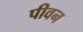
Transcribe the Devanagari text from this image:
पीवन